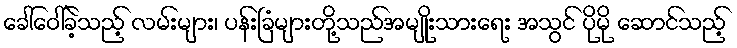
ခေါ်ဝေါ်ခဲ့သည့် လမ်းများ၊ ပန်းခြံများတို့သည်အမျိုးသားရေး အသွင် ပိုမို ဆောင်သည့်